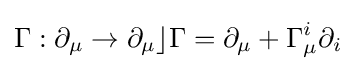
\Gamma :\partial _{\mu }\to \partial _{\mu }\rfloor \Gamma =\partial _{\mu }+\Gamma _{\mu }^{i}\partial _{i}